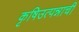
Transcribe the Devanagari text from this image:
कृषिउत्पन्नाची